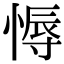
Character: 𢟹